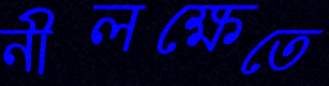
নীলক্ষেতে